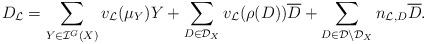
LaTeX: \begin{align*}D_{\mathcal{L}}=\sum_{Y\in \mathcal{I}^G(X)} v_{\mathcal{L}}(\mu_Y) Y + \sum_{D\in \mathcal{D}_X} v_{\mathcal{L}}(\rho(D)) \overline{D} +\sum_{D\in \mathcal{D}\setminus \mathcal{D}_X}n_{\mathcal{L},D} \overline{D}.\end{align*}